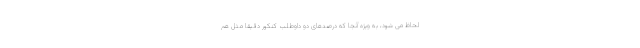
لحاظ می شود، به ویژه آنجا که درصدهای دو داوطلب کنکور دقیقاً مثل هم